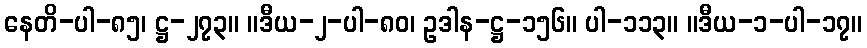
နေတိ-ပါ-၈၅၊ ဋ္ဌ-၂၇၃။ ။ဒီယ-၂-ပါ-၈၀၊ ဥဒါန-ဋ္ဌ-၁၅၆။ ပါ-၁၁၃။ ။ဒီယ-၁-ပါ-၁၇။